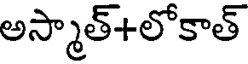
అస్మాత్+లోకాత్